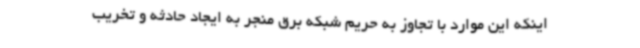
اینکه این موارد با تجاوز به حریم شبکه برق منجر به ایجاد حادثه و تخریب